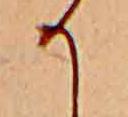
か